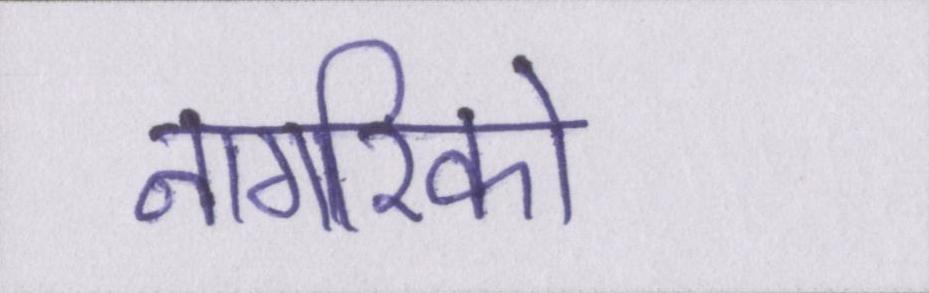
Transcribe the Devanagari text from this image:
नागरिको